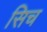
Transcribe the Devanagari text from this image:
सिच